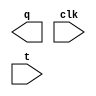
module tflop(q, clk, t);
    input clk, t;
    output q;

endmodule